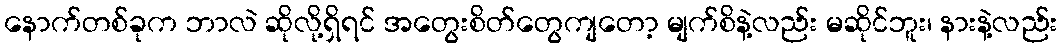
နောက်တစ်ခုက ဘာလဲ ဆိုလို့ရှိရင် အတွေးစိတ်တွေကျတော့ မျက်စိနဲ့လည်း မဆိုင်ဘူး၊ နားနဲ့လည်း